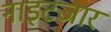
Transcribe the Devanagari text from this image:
नाइटजार